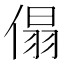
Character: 傝